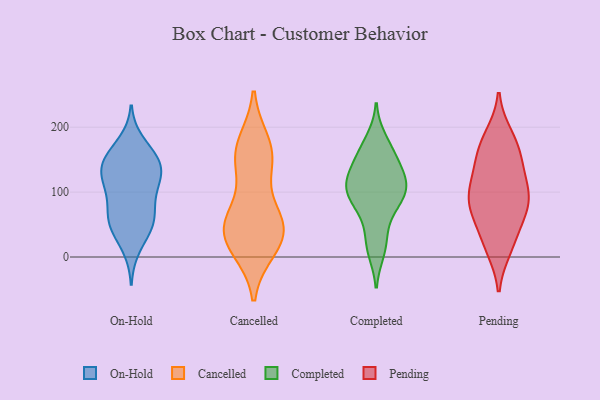
{"axis": {"x": "Active Users", "y": "Value"}, "legend": ["Cancelled", "Completed", "On-Hold", "Pending"], "data": [{"x": "", "y": 145, "type": "On-Hold"}, {"x": "", "y": 145, "type": "On-Hold"}, {"x": "", "y": 125, "type": "On-Hold"}, {"x": "", "y": 152, "type": "On-Hold"}, {"x": "", "y": 133, "type": "On-Hold"}, {"x": "", "y": 57, "type": "On-Hold"}, {"x": "", "y": 106, "type": "On-Hold"}, {"x": "", "y": 71, "type": "On-Hold"}, {"x": "", "y": 46, "type": "On-Hold"}, {"x": "", "y": 161, "type": "On-Hold"}, {"x": "", "y": 48, "type": "On-Hold"}, {"x": "", "y": 47, "type": "On-Hold"}, {"x": "", "y": 101, "type": "On-Hold"}, {"x": "", "y": 14, "type": "On-Hold"}, {"x": "", "y": 177, "type": "On-Hold"}, {"x": "", "y": 135, "type": "On-Hold"}, {"x": "", "y": 74, "type": "On-Hold"}, {"x": "", "y": 114, "type": "On-Hold"}, {"x": "", "y": 50, "type": "Cancelled"}, {"x": "", "y": 60, "type": "Cancelled"}, {"x": "", "y": 20, "type": "Cancelled"}, {"x": "", "y": 33, "type": "Cancelled"}, {"x": "", "y": 43, "type": "Cancelled"}, {"x": "", "y": 145, "type": "Cancelled"}, {"x": "", "y": 161, "type": "Cancelled"}, {"x": "", "y": 58, "type": "Cancelled"}, {"x": "", "y": 152, "type": "Cancelled"}, {"x": "", "y": 174, "type": "Cancelled"}, {"x": "", "y": 14, "type": "Cancelled"}, {"x": "", "y": 28, "type": "Completed"}, {"x": "", "y": 69, "type": "Completed"}, {"x": "", "y": 146, "type": "Completed"}, {"x": "", "y": 102, "type": "Completed"}, {"x": "", "y": 107, "type": "Completed"}, {"x": "", "y": 109, "type": "Completed"}, {"x": "", "y": 180, "type": "Completed"}, {"x": "", "y": 71, "type": "Completed"}, {"x": "", "y": 133, "type": "Completed"}, {"x": "", "y": 92, "type": "Completed"}, {"x": "", "y": 16, "type": "Completed"}, {"x": "", "y": 10, "type": "Completed"}, {"x": "", "y": 144, "type": "Completed"}, {"x": "", "y": 114, "type": "Completed"}, {"x": "", "y": 114, "type": "Completed"}, {"x": "", "y": 107, "type": "Completed"}, {"x": "", "y": 90, "type": "Completed"}, {"x": "", "y": 168, "type": "Completed"}, {"x": "", "y": 161, "type": "Completed"}, {"x": "", "y": 124, "type": "Pending"}, {"x": "", "y": 183, "type": "Pending"}, {"x": "", "y": 161, "type": "Pending"}, {"x": "", "y": 115, "type": "Pending"}, {"x": "", "y": 15, "type": "Pending"}, {"x": "", "y": 13, "type": "Pending"}, {"x": "", "y": 104, "type": "Pending"}, {"x": "", "y": 88, "type": "Pending"}, {"x": "", "y": 154, "type": "Pending"}, {"x": "", "y": 64, "type": "Pending"}, {"x": "", "y": 153, "type": "Pending"}, {"x": "", "y": 187, "type": "Pending"}, {"x": "", "y": 32, "type": "Pending"}, {"x": "", "y": 98, "type": "Pending"}, {"x": "", "y": 81, "type": "Pending"}, {"x": "", "y": 65, "type": "Pending"}, {"x": "", "y": 77, "type": "Pending"}]}